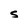
Character: S